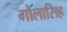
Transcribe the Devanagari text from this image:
गोलासिह